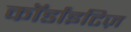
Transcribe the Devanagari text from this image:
कॉर्डांइटिज़